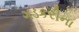
ગડકરીના